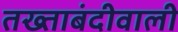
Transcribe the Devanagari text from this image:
तख्ताबंदीवाली